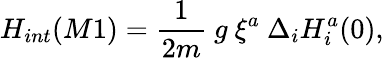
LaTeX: H_{int}(M1)={\frac{1}{2m}}~g\ \xi^{a}~\Delta_{i}H_{i}^{a}(0),